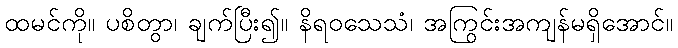
ထမင်ကို။ ပစိတွာ၊ ချက်ပြီး၍။ နိရဝသေသံ၊ အကြွင်းအကျန်မရှိအောင်။